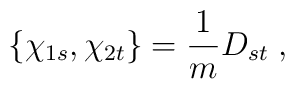
\{\chi_{1s},\chi_{2t}\}=\frac{1}{m}D_{st} \;,